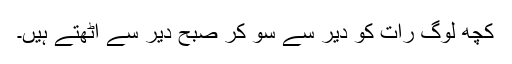
کچھ لوگ رات کو دیر سے سو کر صبح دیر سے اٹھتے ہیں۔